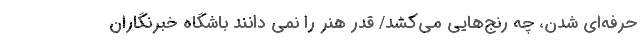
حرفه‌ای شدن، چه رنج‌هایی می‌کشد/ قدر هنر را نمی دانند باشگاه خبرنگاران